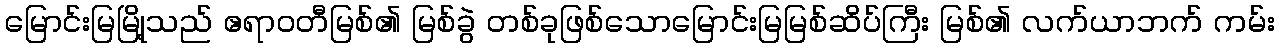
မြောင်းမြမြို့သည် ဧရာဝတီမြစ်၏ မြစ်ခွဲ တစ်ခုဖြစ်သောမြောင်းမြမြစ်ဆိပ်ကြီး မြစ်၏ လက်ယာဘက် ကမ်း